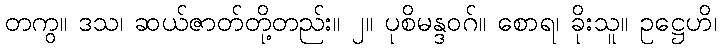
တကွ။ ဒသ၊ ဆယ်ဇာတ်တို့တည်း။ ၂။ ပုစိမန္ဒဝဂ်။ စောရ၊ ခိုးသူ။ ဥဋ္ဌေဟိ၊